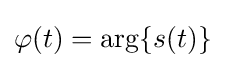
\varphi (t)=\arg\{s(t)\}